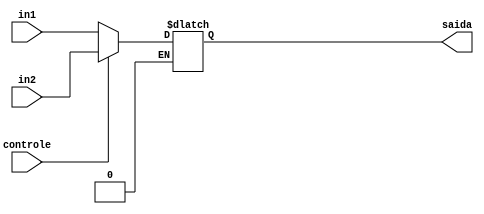
//MUX_8bits
//LUCAS SANTOS RODRIGUES
//VINICIUS FERREIRA PINHEIRO

module MUX_8bits (
    in1,
    in2,
    controle,
    saida
);

  input wire [7:0] in1;
  input wire [7:0] in2;
  input wire controle;

  output wire [7:0] saida;

  reg [7:0] aux_saida;

  always @(in1 or in2 or controle) begin
    if (controle == 0) begin
      aux_saida = in1;
    end else if (controle == 1) begin
      aux_saida = in2;
    end
  end

  assign saida = aux_saida;

endmodule